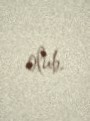
olub.